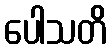
ပေါသတိ